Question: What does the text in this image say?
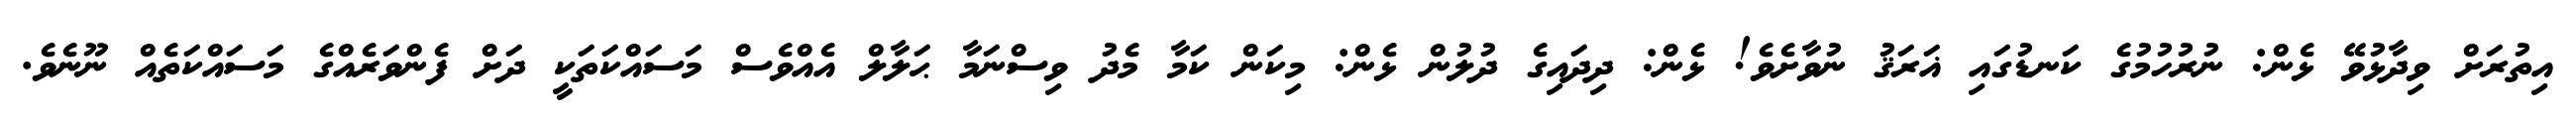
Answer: އިތުރަށް ވިދާޅުވޭ ޅެން: ނުރުހުމުގެ ކަނޑުގައި ޣަރަޤު ނުވާށެވެ! ޅެން: ދިދައިގެ ދުލުން ޅެން: މިކަން ކަމާ މެދު ވިސްނަމާ ޙަލާލް އެއްވެސް މަސައްކަތަކީ ދަށް ފެންވަރެއްގެ މަސައްކަތެއް ނޫނެވެ.